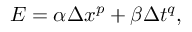
\begin{array} { r } { E = \alpha \Delta x ^ { p } + \beta \Delta t ^ { q } , } \end{array}